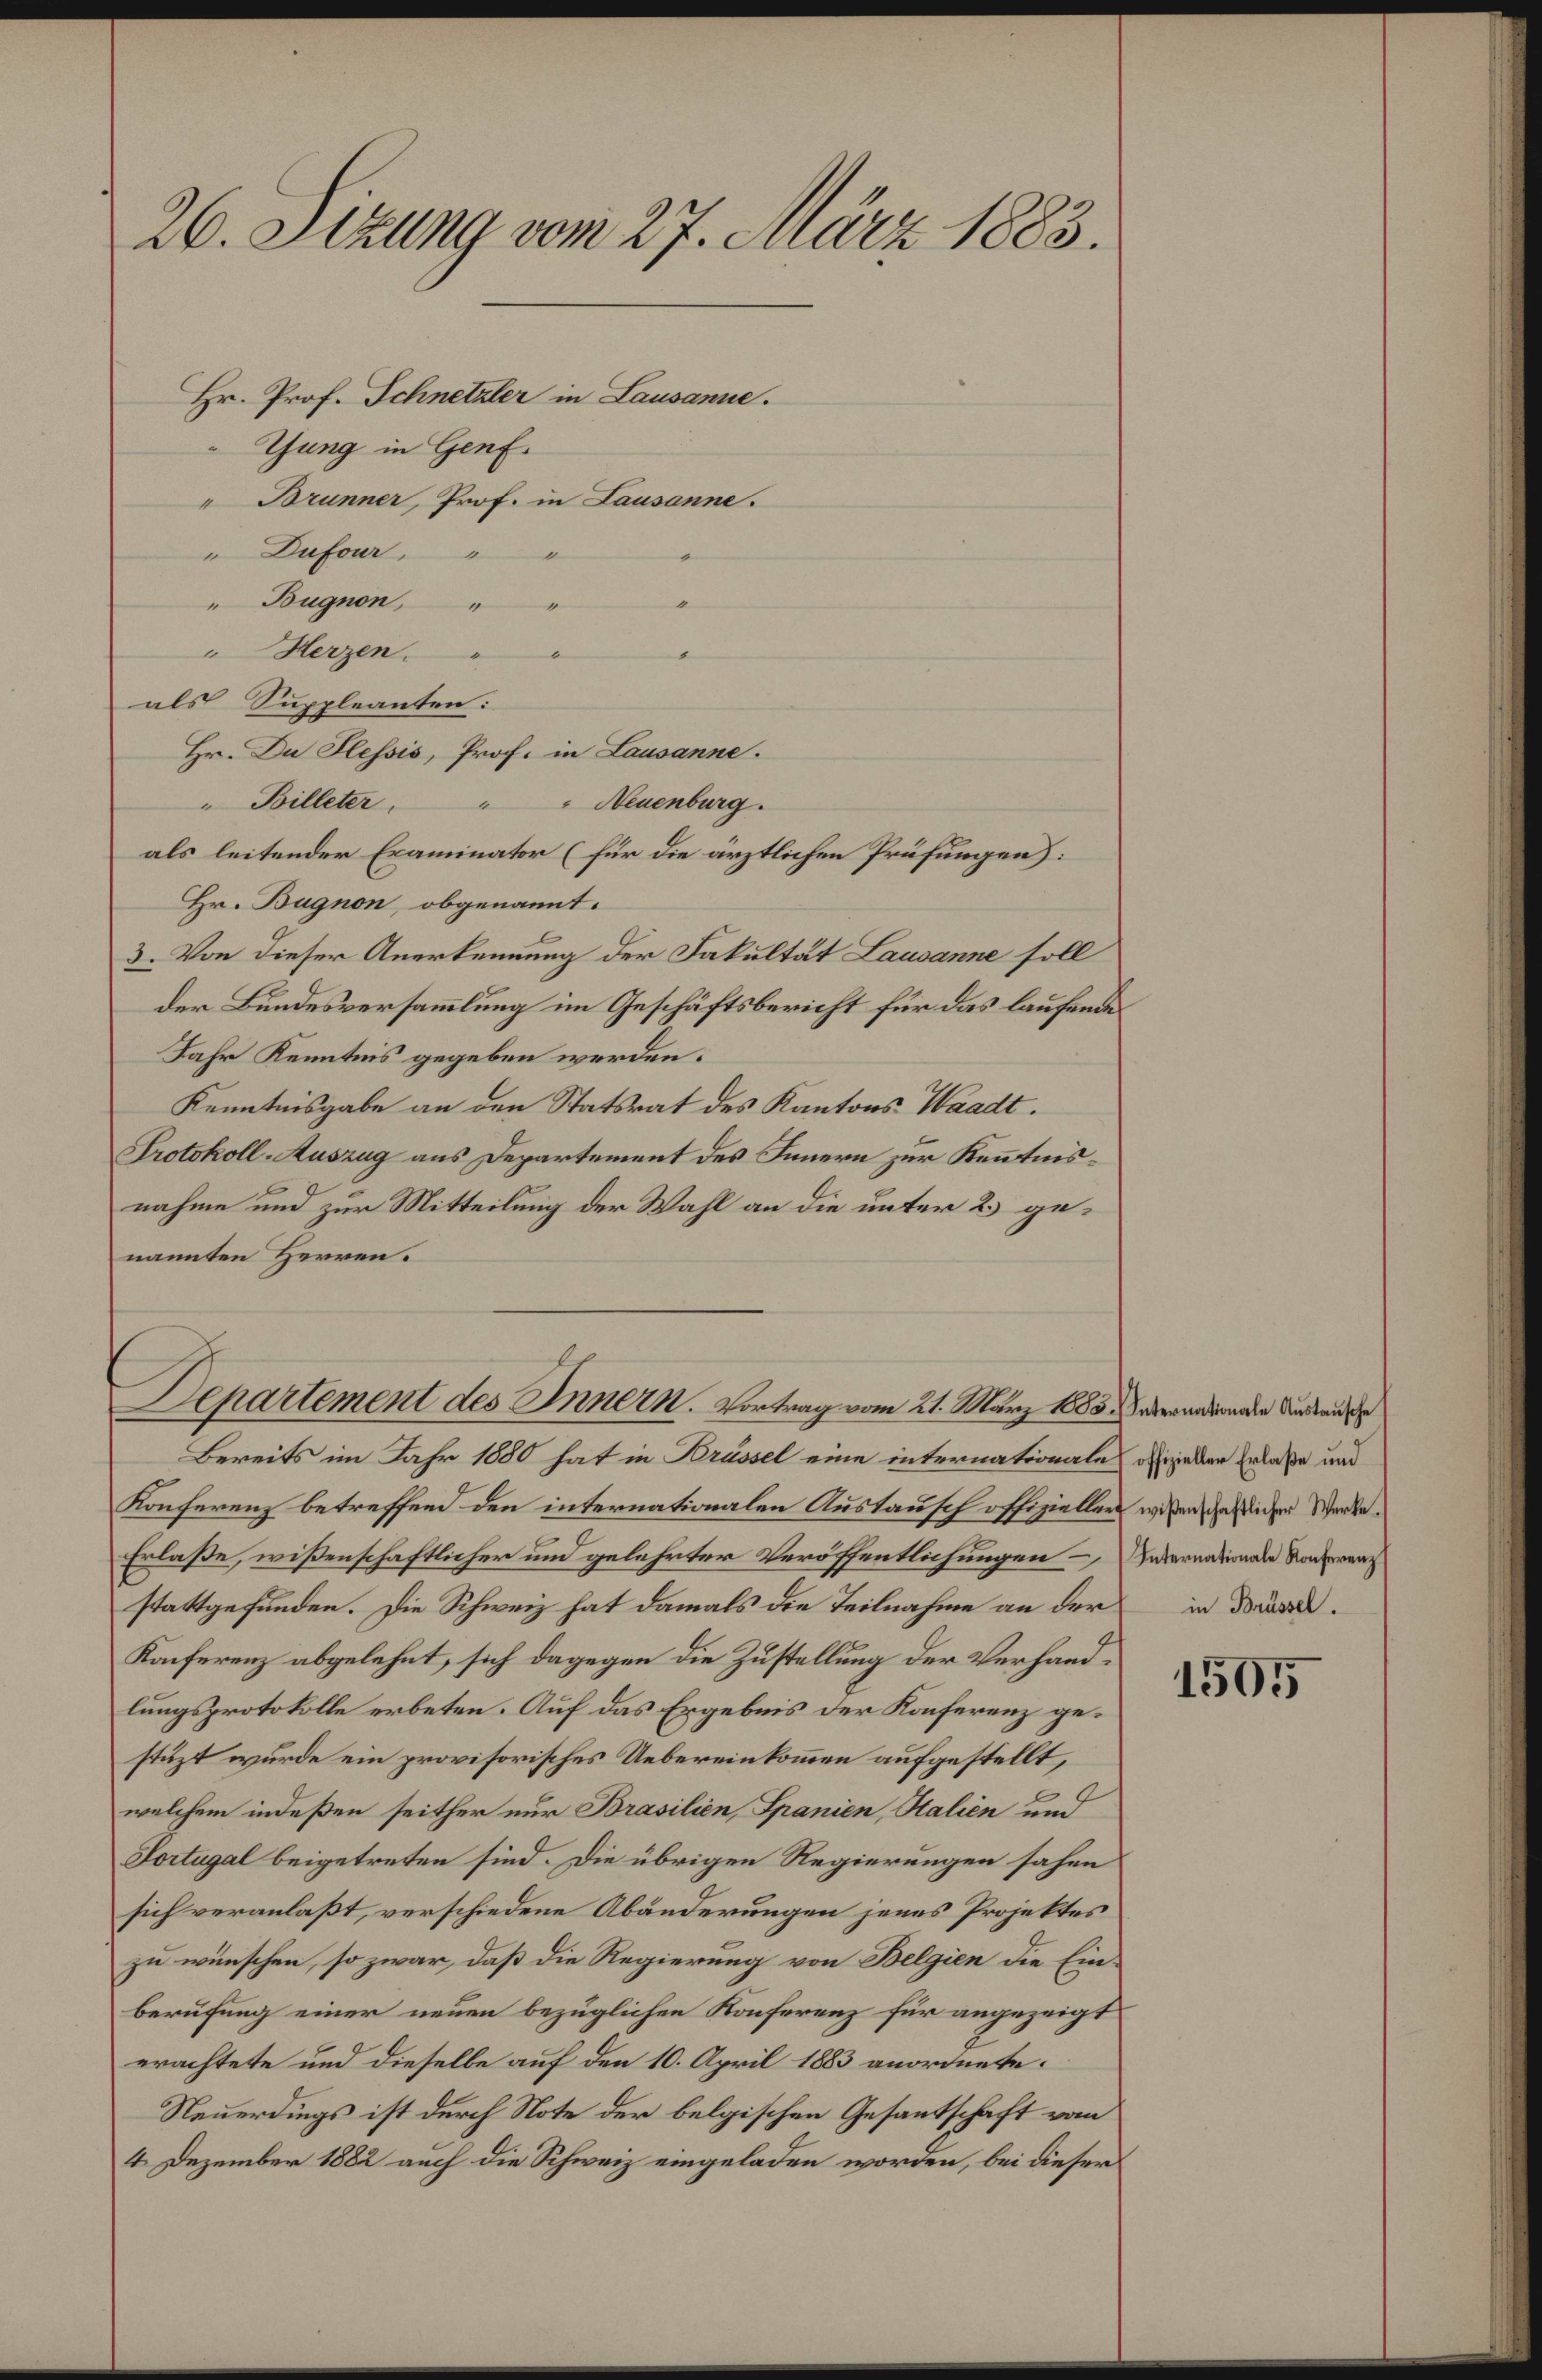
26. Sizung vom 27. März 1883.
Hr. Prof. Schnetzler in Lausanne.

Thung in Genf.
" Brunner, Prof. in Lausanne.
" Dufour
" Bougnon, " "
" Herzen.
als Suppleanten:
Hr. Du Plessis, Prof. in Lausanne.
" Billeter
 Neuenburg.
b
als leitender Examinator (für die ärztlichen Prüfungen):
Hr. Bugnon, obgenannt.
3. Von dieser Anerkennung der Fakultät Lausanne soll
der Bundesversammlung im Geschäftsbericht für das laufende
Jahr Kenntnis gegeben werden.
Kenntnisgabe an den Statsrat des Kantons Waadt.
Protokoll-Auszug aus Departement des Innern zur Kenntnisnahme und zur Mitteilung der Wahl an die unter 2 genannten Herren.

Departement des Innern. Vortrag vom 21. März 1888 erwandten die Verdanke

Bereits im Jahr 1880 hat in Brüssel eine internationale offizieler Erlaße und
Konferenz betreffend den internationalen Austausch offiziellen wißenschaftlicher Werke
Erlaße, wißenschaftlicher und gelehrter Veröffentlichungen – Internationale Konferens
stattgefunden. Die Schweiz hat damals die Teilnahme an der in Bände¬
Konferenz abgelehnt, sich dagegen die Zustellung der Verhandlungsprotokolle erbeten. Auf das Ergebnis der Konferenz gestüzt wurde ein provisorisches Uebereinkommen aufgestellt,
welchem indeßen seither nur Brasilien, Spanien, Stalien und
Sortugal beigetreten sind. Die übrigen Regierungen sahen
sich veranlaßt, verschiedene Abänderungen jenes Projektes
zu wünschen, so zwar, daß die Regierung von Belgien die Einberufung einer neuen bezüglichen Konferenz für angezeigt
erachtete und dieselbe auf den 10. April 1883 anordnete.
Steuerdings ist durch Note der belgischen Gesantschaft vom
4. Dezember 1882 auch die Schweiz eingeladen worden, bei dieser

1505